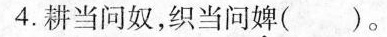
4.耕当问奴，织当问婢( )。